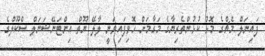
ފައިނަލް މެޗްގެ މޮޅު ކުޅުންތެރިޔާގެ މަގާމަށް ހޮވިފައިވަނީ ލާލޭ ޔޫތް އިންޓަނޭޝަނަލް ސްކޫލްގެ